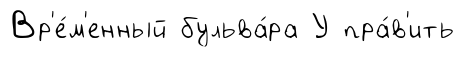
Вр'е́м'енный бульва́ра У пра́в'ить